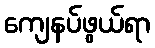
ကျေနပ်ဖွယ်ရာ